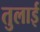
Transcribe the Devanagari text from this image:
तुलाई